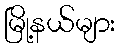
မြို့နယ်များ